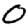
Digit: 0